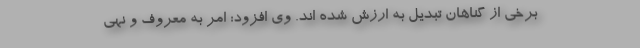
برخی از گناهان تبدیل به ارزش شده اند. وی افزود: امر به معروف و نهی